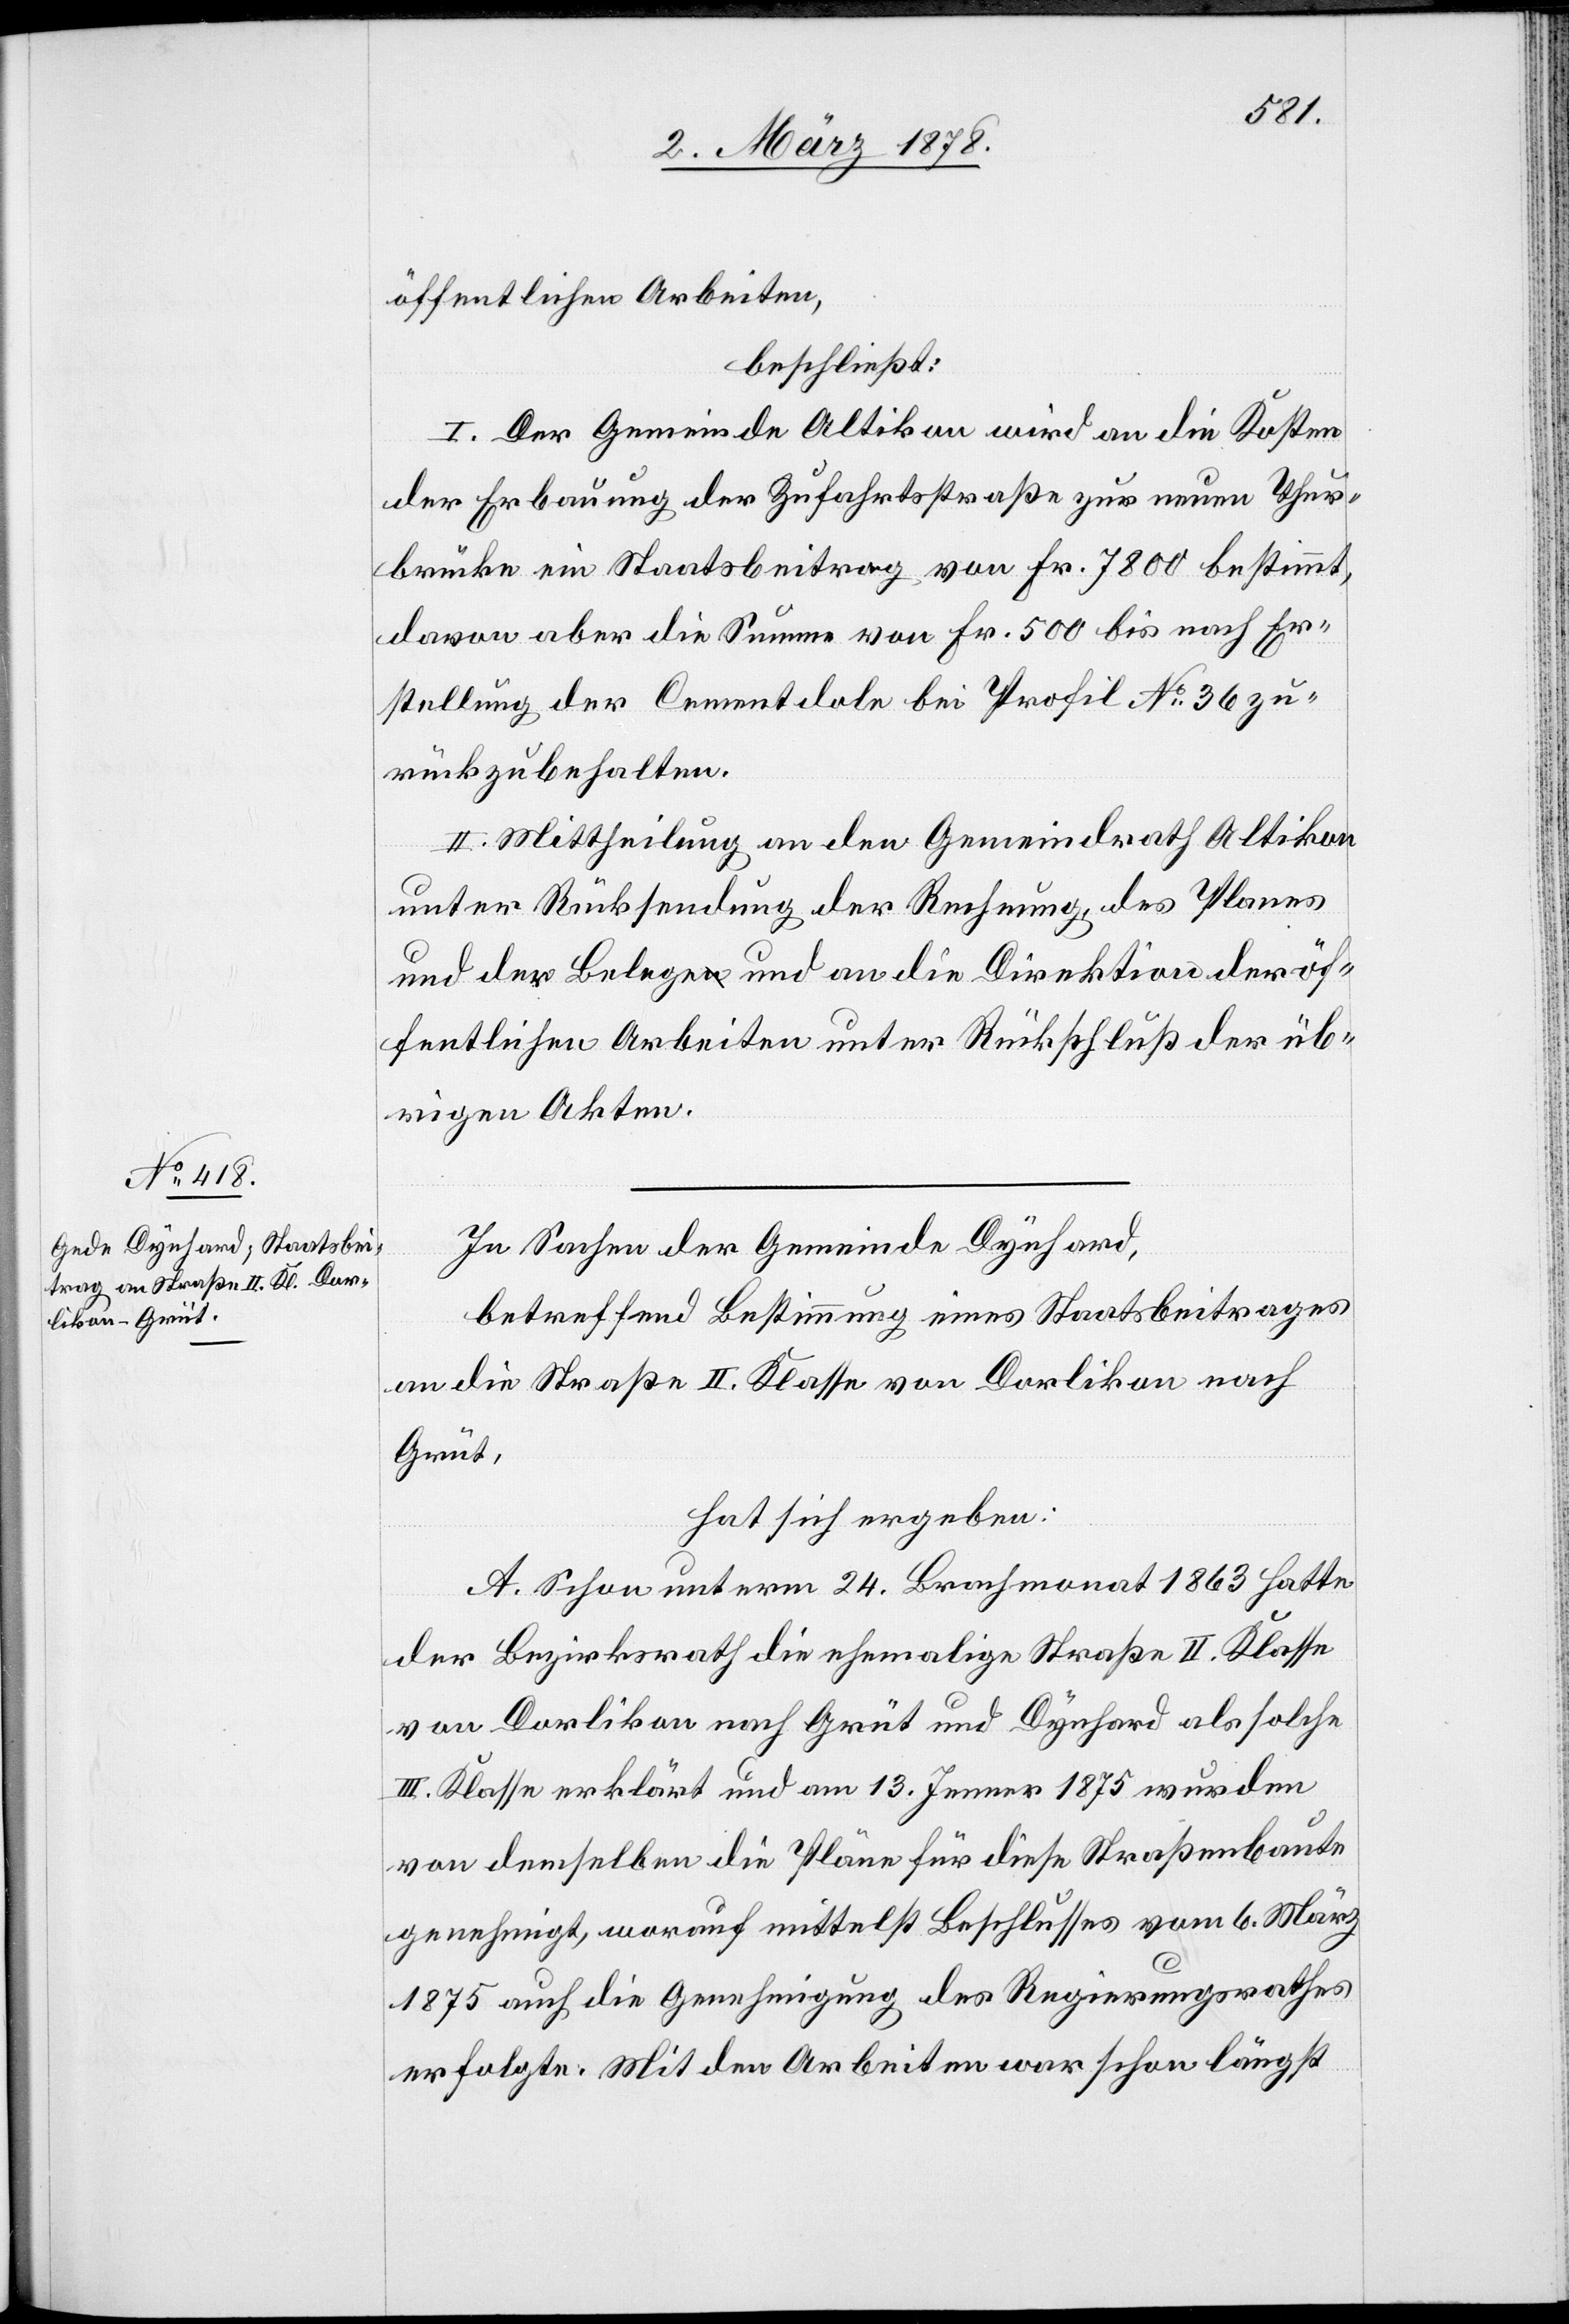
öffentlichen Arbeiten,
beschließt:
I. Der Gemeinde Altikon wird an die Kosten
der Erbauung der Zufahrtsstraße zur neuen Thur¬
brücke ein Staatsbeitrag von Fr. 7800 bestimmt,
davon aber die Summe von Fr. 500 bis nach Er¬
stellung der Cementdole bei Profil No 36 zu¬
rückzubehalten.
II. Mittheilung an den Gemeindrath Altikon
unter Rücksendung der Rechnung, des Planes
und der Belege und an die Direktion der öf¬
fentlichen Arbeiten unter Rückschluß der üb¬
rigen Akten.
In Sachen der Gemeinde Dynhard,
betreffend Bestimmung eines Staatsbeitrages
an die Straße II. Klasse von Dorlikon nach
Grüt,
hat sich ergeben:
A. Schon unterm 24. Brachmonat 1863 hatte
der Bezirksrath die ehemalige Straße II. Klasse
von Dorlikon nach Grüt und Dynhard als solche
III. Klasse erklärt und am 13. Jenner 1875 wurden
von demselben die Pläne für diese Straßenbaute
genehmigt, worauf mittelst Beschlusses vom 6. März
1875 auch die Genehmigung des Regierungsrathes
erfolgte. Mit den Arbeiten war schon längst